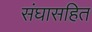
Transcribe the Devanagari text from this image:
संघासहित